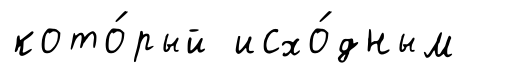
кото́рый исхо́дным